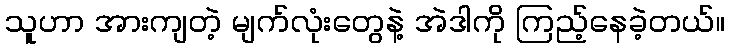
သူဟာ အားကျတဲ့ မျက်လုံးတွေနဲ့ အဲဒါကို ကြည့်နေခဲ့တယ်။